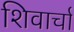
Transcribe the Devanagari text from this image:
शिवार्चा